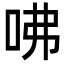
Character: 咈